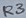
Text: R3